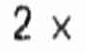
2 X